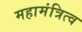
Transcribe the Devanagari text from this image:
महामंत्रित्व